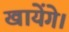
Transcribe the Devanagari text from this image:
खायेंगे।